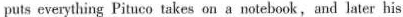
puts everything Pituco takes on a notebook,and later his